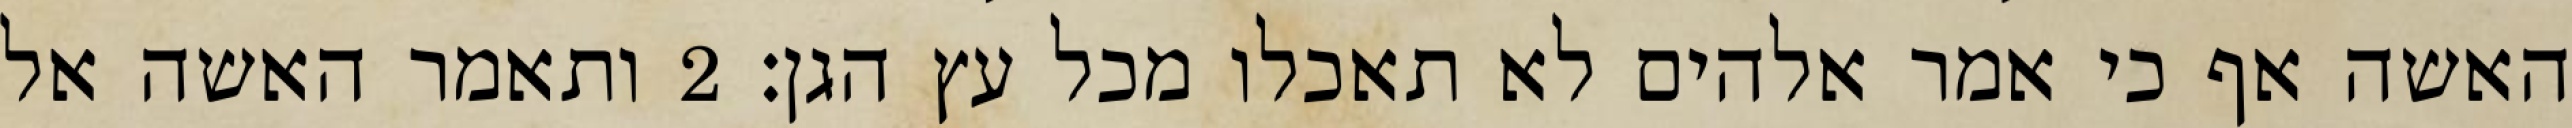
האשה אף כי אמר אלהים לא תאכלו מכל עץ הגן׃ ‎2‏ ותאמר האשה אל